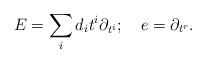
LaTeX: \begin{align*}E=\sum_i d_i t^i {\partial_{t^i}};~~~e={\partial_{t^{r}}}.\end{align*}